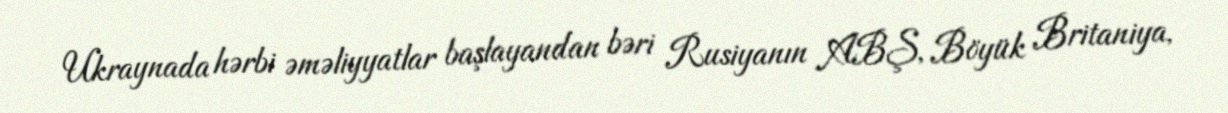
Ukraynada hərbi əməliyyatlar başlayandan bəri Rusiyanın ABŞ, Böyük Britaniya,